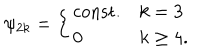
LaTeX: \psi _ { 2 k } = \left\{ \begin{array} { l l } { { \mathrm { c o n s t . } } } & { { k = 3 } } \\ { { 0 } } & { { k \geq 4 . } } \\ \end{array} \right.